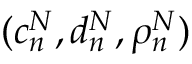
( c _ { n } ^ { N } , d _ { n } ^ { N } , \rho _ { n } ^ { N } )